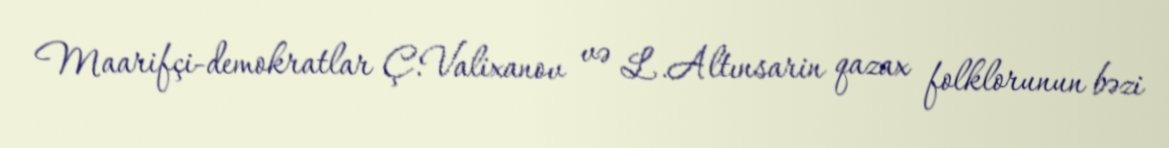
Maarifçi-demokratlar Ç.Valixanov və L.Altınsarin qazax folklorunun bəzi